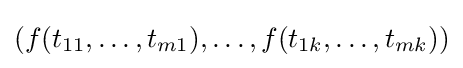
(f(t_{11},\dotsc ,t_{m1}),\dotsc ,f(t_{1k},\dotsc ,t_{mk}))